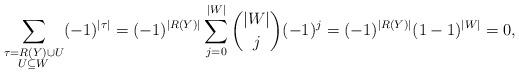
LaTeX: \begin{align*}\sum_{\substack{\tau = R(Y) \cup U \\ U \subseteq W }} (-1)^{|\tau|} = (-1)^{|R(Y)|} \sum_{j=0}^{|W|} \binom{|W|}{j} (-1)^{j} = (-1)^{|R(Y)|}(1-1)^{|W|} = 0,\end{align*}